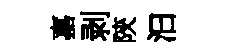
嘉剥陝汩